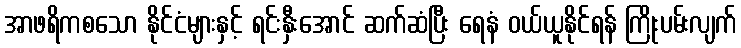
အာဖရိကစသော နိုင်ငံများနှင့် ရင်းနှီးအောင် ဆက်ဆံပြီး ရေနံ ဝယ်ယူနိုင်ရန် ကြိုးပမ်းလျက်